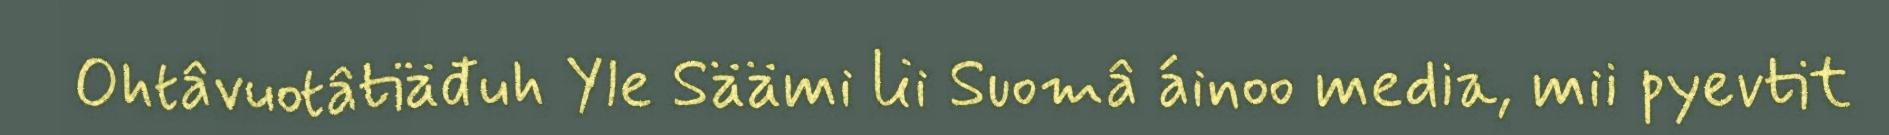
Ohtâvuotâtiäđuh Yle Säämi lii Suomâ áinoo media, mii pyevtit